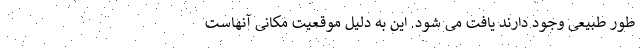
طور طبیعی وجود دارند یافت می شود. این به دلیل موقعیت مکانی آنهاست